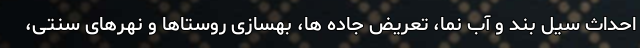
احداث سیل بند و آب نما، تعریض جاده ها، بهسازی روستاها و نهرهای سنتی،